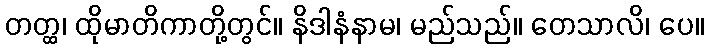
တတ္ထ၊ ထိုမာတိကာတို့တွင်။ နိဒါနံနာမ၊ မည်သည်။ ဝောသာလိ၊ ပေ။